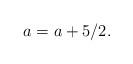
LaTeX: \begin{align*} a_{} = a+5/2.\end{align*}